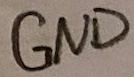
Text: GND